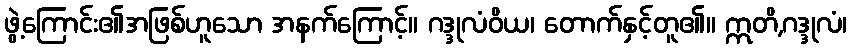
ဖွဲ့ကြောင်း၏အဖြစ်ဟူသော အနက်ကြောင့်။ ဂဒ္ဒုလံဝိယ၊ တောက်နှင့်တူ၏။ ဣတိ,ဂဒ္ဒုလံ၊